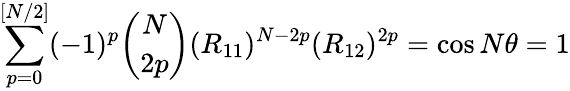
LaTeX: \sum_{p=0}^{[N/2]}(-1)^{p}{\binom{N}{2p}}(R_{11})^{N-2p}(R_{12})^{2p}=\cos N\theta=1